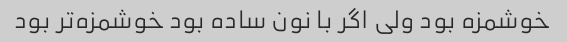
خوشمزه بود ولی اگر با نون ساده بود خوشمزه‌تر بود